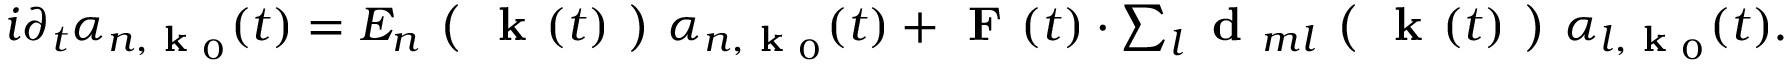
\begin{array} { r } { i \partial _ { t } \alpha _ { n , \textbf { k } _ { 0 } } ( t ) = E _ { n } \textbf { ( } \textbf { k } ( t ) \textbf { ) } \alpha _ { n , \textbf { k } _ { 0 } } ( t ) + \textbf { F } ( t ) \cdot \sum _ { l } \textbf { d } _ { m l } \textbf { ( } \textbf { k } ( t ) \textbf { ) } \alpha _ { l , \textbf { k } _ { 0 } } ( t ) . } \end{array}